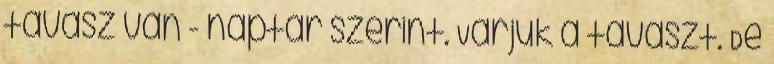
tavasz van - naptár szerint. Várjuk a tavaszt. De